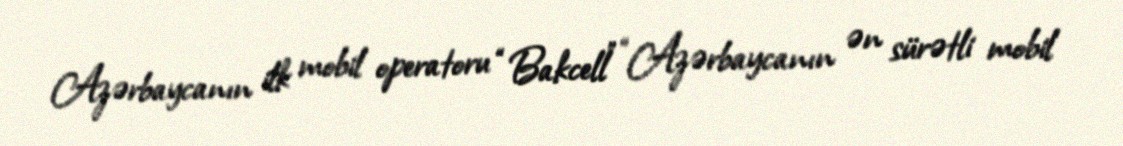
Azərbaycanın ilk mobil operatoru “Bakcell” “Azərbaycanın ən sürətli mobil